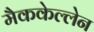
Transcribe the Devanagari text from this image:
मैककेल्लेन